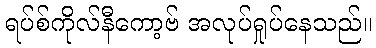
ရပ်စ်ကိုလ်နီကော့ဗ် အလုပ်ရှုပ်နေသည်။